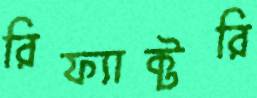
রিফ্যাক্টরি